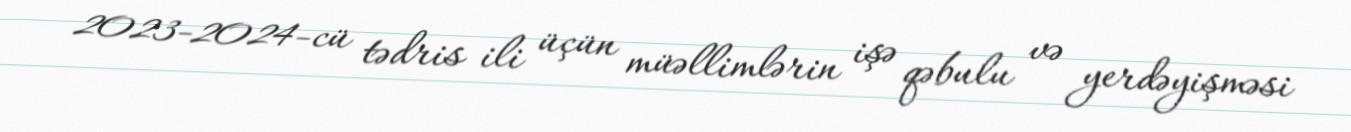
2023-2024-cü tədris ili üçün müəllimlərin işə qəbulu və yerdəyişməsi